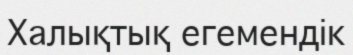
Халықтық егемендік